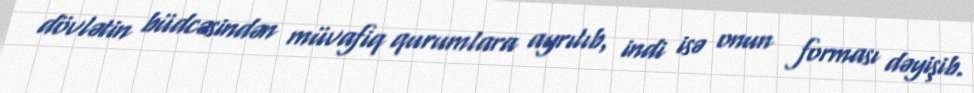
dövlətin büdcəsindən müvafiq qurumlara ayrılıb, indi isə onun forması dəyişib.